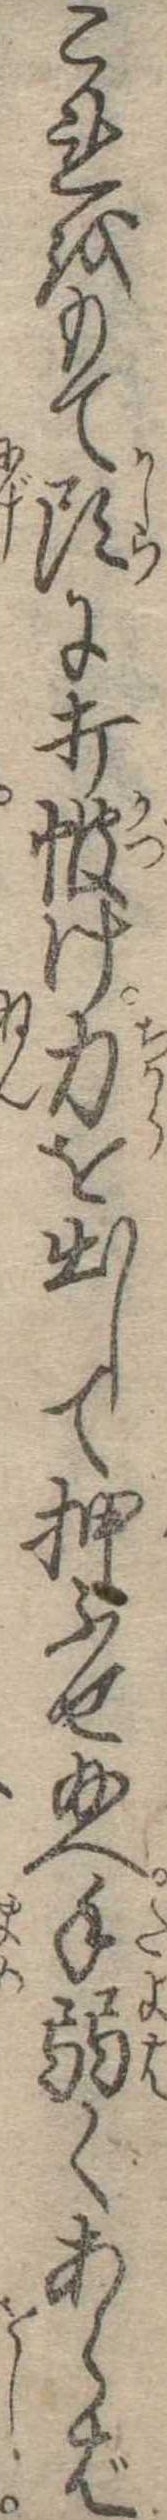
これをもて頭に打け力を出して押ふせ給へ手弱くあらば